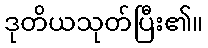
ဒုတိယသုတ်ပြီး၏။